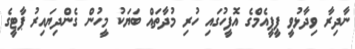
ނާދިރާ ވިދާޅުވީ ޕީޕީއެމްގެ އޮފީހުގައި ހުރި މުދާތައް ބަޔަކު މީހުން ގެންދިޔައިރު ޕާޓީގެ